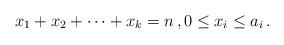
LaTeX: \begin{align*}x_{1} + x_{2} + \dots + x_{k} = n\,, 0 \leq x_{i} \leq a_{i}\,.\end{align*}